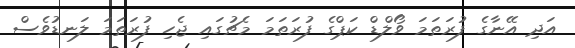
އަދި އޭނާގެ ފުރަތަމަ ވޯލްޑް ކަޕްގެ ފުރަތަމަ މެޗުގައި ޖެހި ފުރަތަމަ ލަނޑުވެސް